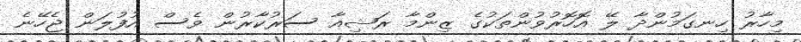
މިހާރު ހިނގަމުންދާ ލޭ އޮހޮރުވުންތަކުގެ ޒިންމާ ރަޝިއާ ސަރުކާރުން ވެސް އުފުލަން ޖެހޭނެ